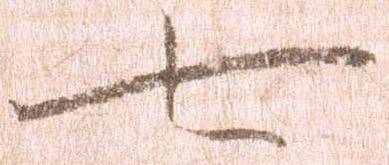
七